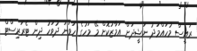
ރައީސް މުހައްމަދު ނަޝީދަށް އަމާޒުކޮށް މޭ މަހުގެ ހަވަނަ ދުވަހު ދިން ޓެރަރިސްޓް